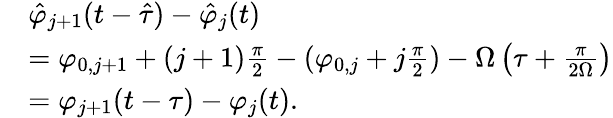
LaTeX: \begin{array}{rl}&{\hat{\varphi}_{j+1}(t-\hat{\tau})-\hat{\varphi}_{j}(t)}\\ &{=\varphi_{0,j+1}+(j+1)\frac{\pi}{2}-(\varphi_{0,j}+j\frac{\pi}{2})-\Omega\left(\tau+\frac{\pi}{2\Omega}\right)}\\ &{=\varphi_{j+1}(t-\tau)-\varphi_{j}(t).}\end{array}